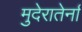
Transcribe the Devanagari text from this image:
मुदेरातेर्ना